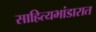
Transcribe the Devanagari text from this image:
साहित्यभांडारात